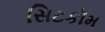
સિટકૉમ